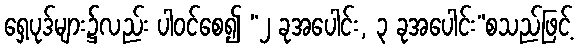
ရှေ့ပုဒ်များ၌လည်း ပါဝင်စေ၍ “၂ ခုအပေါင်း, ၃ ခုအပေါင်း”စသည်ဖြင့်